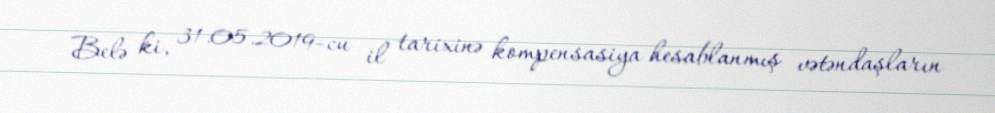
Belə ki, 31.05.2019-cu il tarixinə kompensasiya hesablanmış vətəndaşların